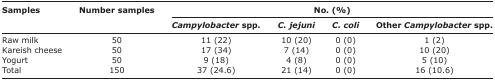
| <ROWSPAN=3> Samples | <ROWSPAN=3> Number samples | <COLSPAN=4> No. (%) |
 | Campylobacter spp. | C. jejuni | C. coli | Other Campylobacter spp. |
 | --- | --- | --- | --- | --- | --- |
 | Raw milk | 50 | 11 (22) | 10 (20) | 0 (0) | 1 (2) |
 | Kareish cheese | 50 | 17 (34) | 7 (14) | 0 (0) | 10 (20) |
 | Yogurt | 50 | 9 (18) | 4 (8) | 0 (0) | 5 (10) |
 | Total | 150 | 37 (24.6) | 21 (14) | 0 (0) | 16 (10.6) |